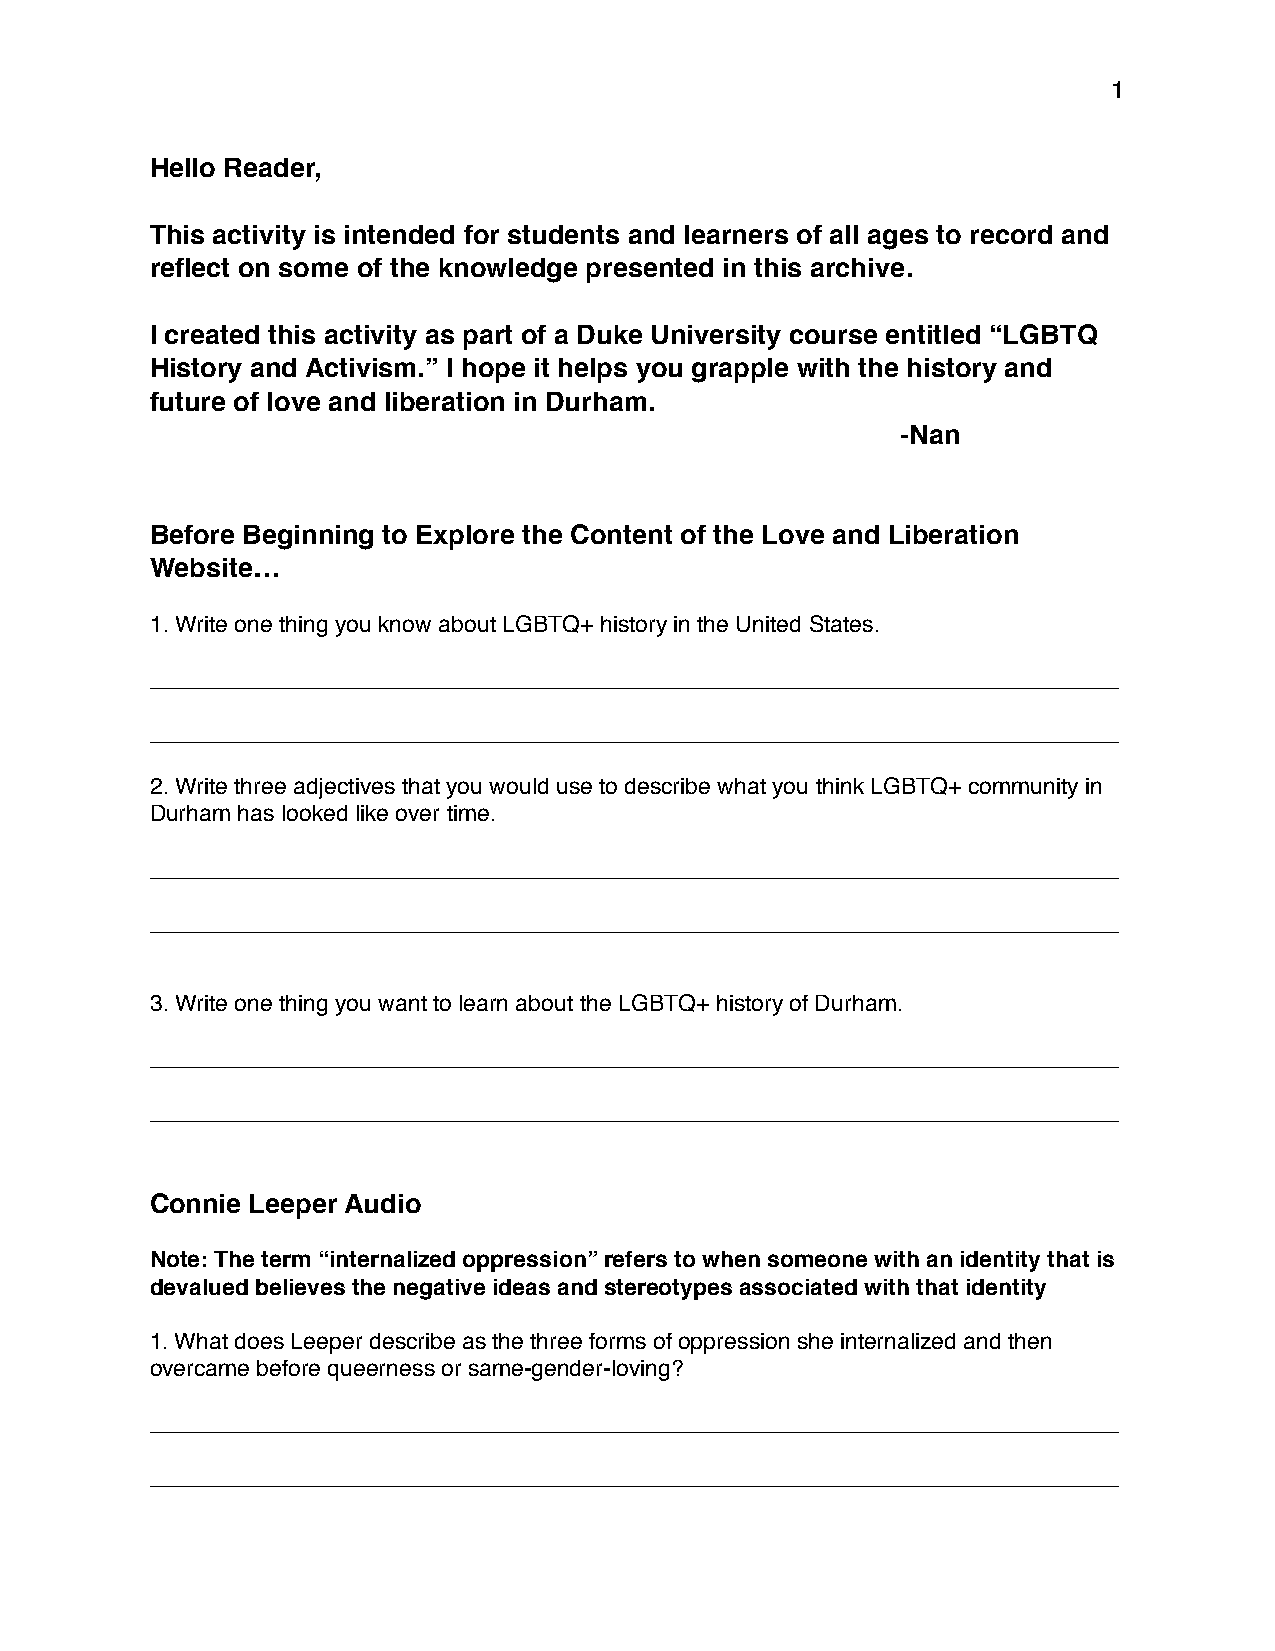
1
 Hello Reader,
 This activity is intended for students and learners of all ages to record and
 reflect on some of the knowledge presented in this archive.
 I created this activity as part of a Duke University course entitled “LGBTQ
 History and Activism.” I hope it helps you grapple with the history and
 future of love and liberation in Durham.
 -Nan
 Before Beginning to Explore the Content of the Love and Liberation
 Website…
 1. Write one thing you know about LGBTQ+ history in the United States.
 ____________________________________________________________________________
 ____________________________________________________________________________
 2. Write three adjectives that you would use to describe what you think LGBTQ+ community in
 Durham has looked like over time.
 ____________________________________________________________________________
 ____________________________________________________________________________
 3. Write one thing you want to learn about the LGBTQ+ history of Durham.
 ____________________________________________________________________________
 ____________________________________________________________________________
 Connie Leeper Audio
 Note: The term “internalized oppression” refers to when someone with an identity that is
 devalued believes the negative ideas and stereotypes associated with that identity
 1. What does Leeper describe as the three forms of oppression she internalized and then
 overcame before queerness or same-gender-loving?
 ____________________________________________________________________________
 ____________________________________________________________________________